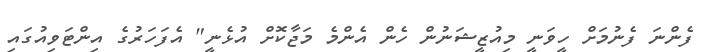
ފެންނަ ފެނުމަށް ހީވަނީ މިއުޒީޝަނުން ހެން އެންމެ މަޖާކޮށް އުޅެނީ" އެފަހަރުގެ އިންޓަވިއުގައި